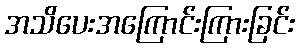
အသိပေးအကြောင်းကြားခြင်း